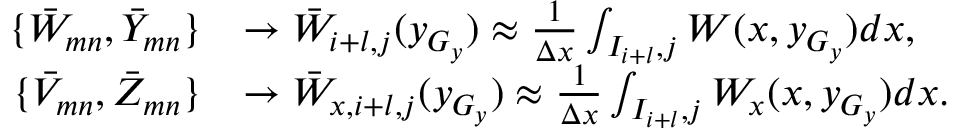
\begin{array} { r l } { \{ \Bar W _ { m n } , \Bar Y _ { m n } \} } & { \rightarrow \Bar W _ { i + l , j } ( y _ { G _ { y } } ) \approx \frac { 1 } { \Delta x } \int _ { I _ { i + l } , j } W ( x , y _ { G _ { y } } ) d x , } \\ { \{ \Bar V _ { m n } , \Bar Z _ { m n } \} } & { \rightarrow \Bar W _ { x , i + l , j } ( y _ { G _ { y } } ) \approx \frac { 1 } { \Delta x } \int _ { I _ { i + l } , j } W _ { x } ( x , y _ { G _ { y } } ) d x . } \end{array}